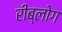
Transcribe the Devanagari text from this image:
रीब्लोग